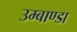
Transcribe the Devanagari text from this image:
उम्बाण्डा